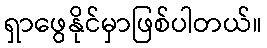
ရှာဖွေနိုင်မှာဖြစ်ပါတယ်။